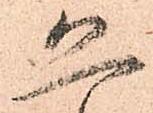
恐